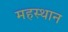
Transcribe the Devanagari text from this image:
महस्थान